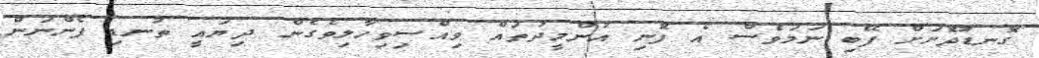
ގޮނޑުދޮށަށް ފޭބި ނަމަވެސް އެ ފޮނި އުންމީދުތައް ވިއްސިވިހާލިވެގެން ދިޔައީ ތުނޑި ފެންނަން